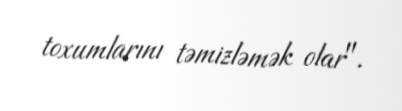
toxumlarını təmizləmək olar".